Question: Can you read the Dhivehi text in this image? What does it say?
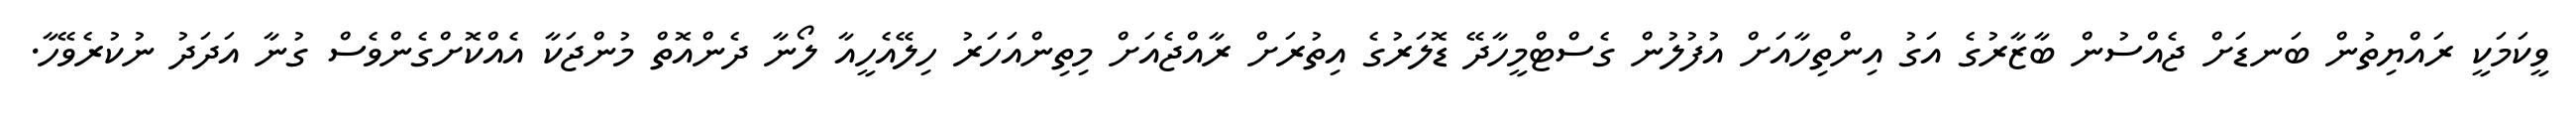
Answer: ވީކަމަކީ ރައްޔިތުން ބަނޑަށް ޖެއްސުން ބާޒާރުގެ އަގު އިންތިހާއަށް އުފުލުން ގެސްޓްމީހާދޭ ޑޮލަރުގެ އިތުރަށް ރާއްޖެއަށް މިތިންއަހަރު ހިލޭއެހީއާ ލޯނާ ދެންއޮތް މުންޖަކާ އެއްކޮށްގެންވެސް ގުނާ އަދަދު ނުކުރެވޭހާ.